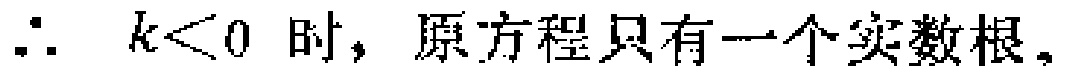
$\therefore\ k<0\ 时，原方程只有一个实数根。$